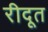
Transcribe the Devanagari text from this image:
रीदूत